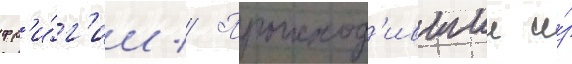
фр'и́г'ии // Происход'ившии и́з